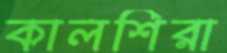
কালশিরা